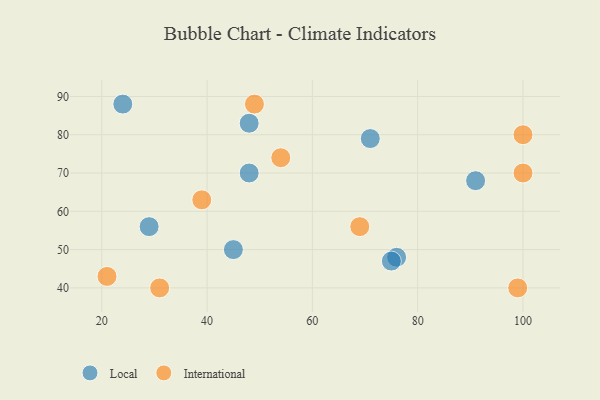
{"axis": {"x": "GDP", "y": "Life Expectancy"}, "legend": ["International", "Local"], "data": [{"x": "76", "y": 48, "type": "Local"}, {"x": "48", "y": 70, "type": "Local"}, {"x": "24", "y": 88, "type": "Local"}, {"x": "75", "y": 47, "type": "Local"}, {"x": "48", "y": 83, "type": "Local"}, {"x": "29", "y": 56, "type": "Local"}, {"x": "91", "y": 68, "type": "Local"}, {"x": "71", "y": 79, "type": "Local"}, {"x": "45", "y": 50, "type": "Local"}, {"x": "21", "y": 43, "type": "International"}, {"x": "31", "y": 40, "type": "International"}, {"x": "99", "y": 40, "type": "International"}, {"x": "49", "y": 88, "type": "International"}, {"x": "54", "y": 74, "type": "International"}, {"x": "100", "y": 70, "type": "International"}, {"x": "69", "y": 56, "type": "International"}, {"x": "100", "y": 80, "type": "International"}, {"x": "39", "y": 63, "type": "International"}]}